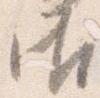
御